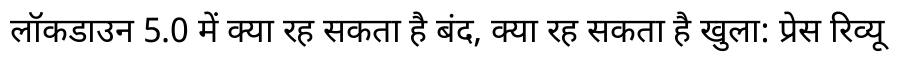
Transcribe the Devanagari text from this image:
लॉकडाउन 5.0 में क्या रह सकता है बंद, क्या रह सकता है खुला: प्रेस रिव्यू